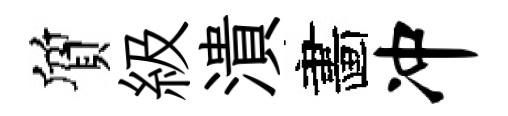
質級潰畵冲